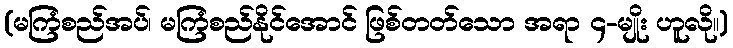
(မကြံစည်အပ်၊ မကြံစည်နိုင်အောင် ဖြစ်တတ်သော အရာ ၄-မျိုး ဟူလို။)